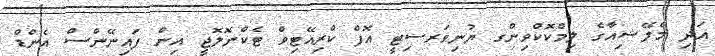
އަދި މެލޭޝިއާގެ ލިމްކޮކްވިންގ ޔުނިވަރސިޓީ އޮފް ކްރިއޭޓިވް ޓެކްނޮލޮޖީ އިން ފައިނޭންސް އެންޑް